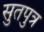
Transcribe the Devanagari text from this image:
सुतपुत्र